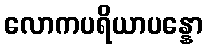
လောကပရိယာပန္နော